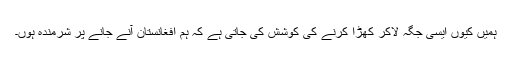
ہمیں کیوں ایسی جگہ لاکر کھڑا کرنے کی کوشش کی جاتی ہے کہ ہم افغانستان آنے جانے پر شرمندہ ہوں۔